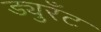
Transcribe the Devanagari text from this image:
ड्युरँट